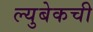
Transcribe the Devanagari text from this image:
ल्युबेकची